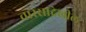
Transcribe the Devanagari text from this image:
वारसादेखील